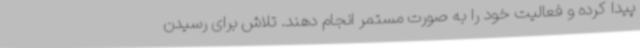
پیدا کرده و فعالیت خود را به صورت مستمر انجام دهند. تلاش برای رسیدن